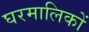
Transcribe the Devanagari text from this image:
घरमालिकों